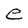
Character: e